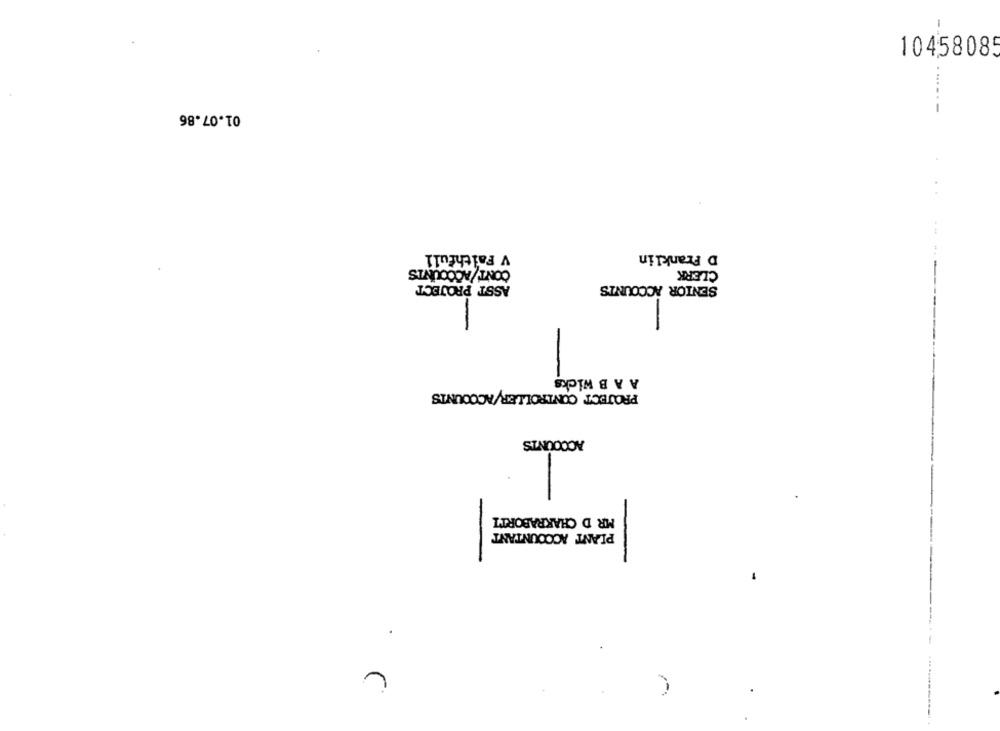
10458085
01.07.86
V Faithful1
D Franklin
CONT/ACCOUNTS
CLERK
ASST PROJECT
SENIOR ACCOUNTS
A A B Wicks
PROJECT CONTROLLER/ACCOUNTS
ACCOUNTS
MR D CHAKRABORTI
PLANT ACCOUNTANT